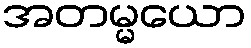
အတမ္မယော